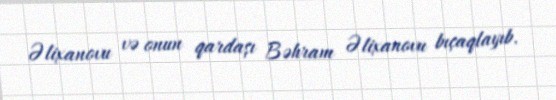
Əlixanovu və onun qardaşı Bəhram Əlixanovu bıçaqlayıb.